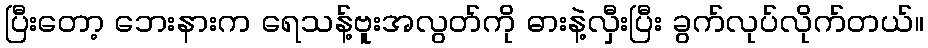
ပြီးတော့ ဘေးနားက ရေသန့်ဗူးအလွတ်ကို ဓားနဲ့လှီးပြီး ခွက်လုပ်လိုက်တယ်။